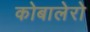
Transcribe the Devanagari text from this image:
कोबालेरो